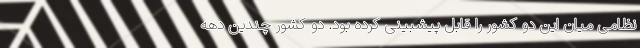
نظامی میان این دو کشور را قابل پیشبینی کرده بود. دو کشور چندین دهه